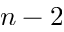
n - 2